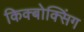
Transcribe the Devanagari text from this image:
किक्बोक्सिंग